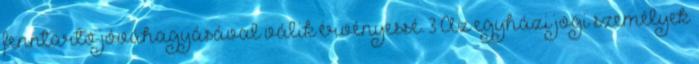
fenntartó jóváhagyásával válik érvényessé. 3 Az egyházi jogi személyek